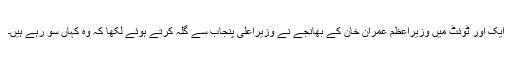
ایک اور ٹوئٹ میں وزیراعظم عمران خان کے بھانجے نے وزیراعلیٰ پنجاب سے گلہ کرتے ہوئے لکھا کہ وہ کہاں سو رہے ہیں۔